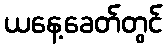
ယနေ့ခေတ်တွင်